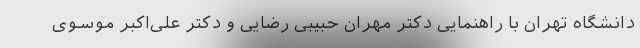
دانشگاه تهران با راهنمایی دکتر مهران حبیبی رضایی و دکتر علی‌اکبر موسوی